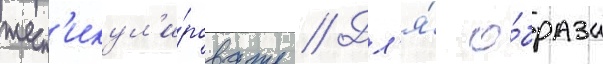
жест'икул'и́ровать // Дл'я́ о́браза